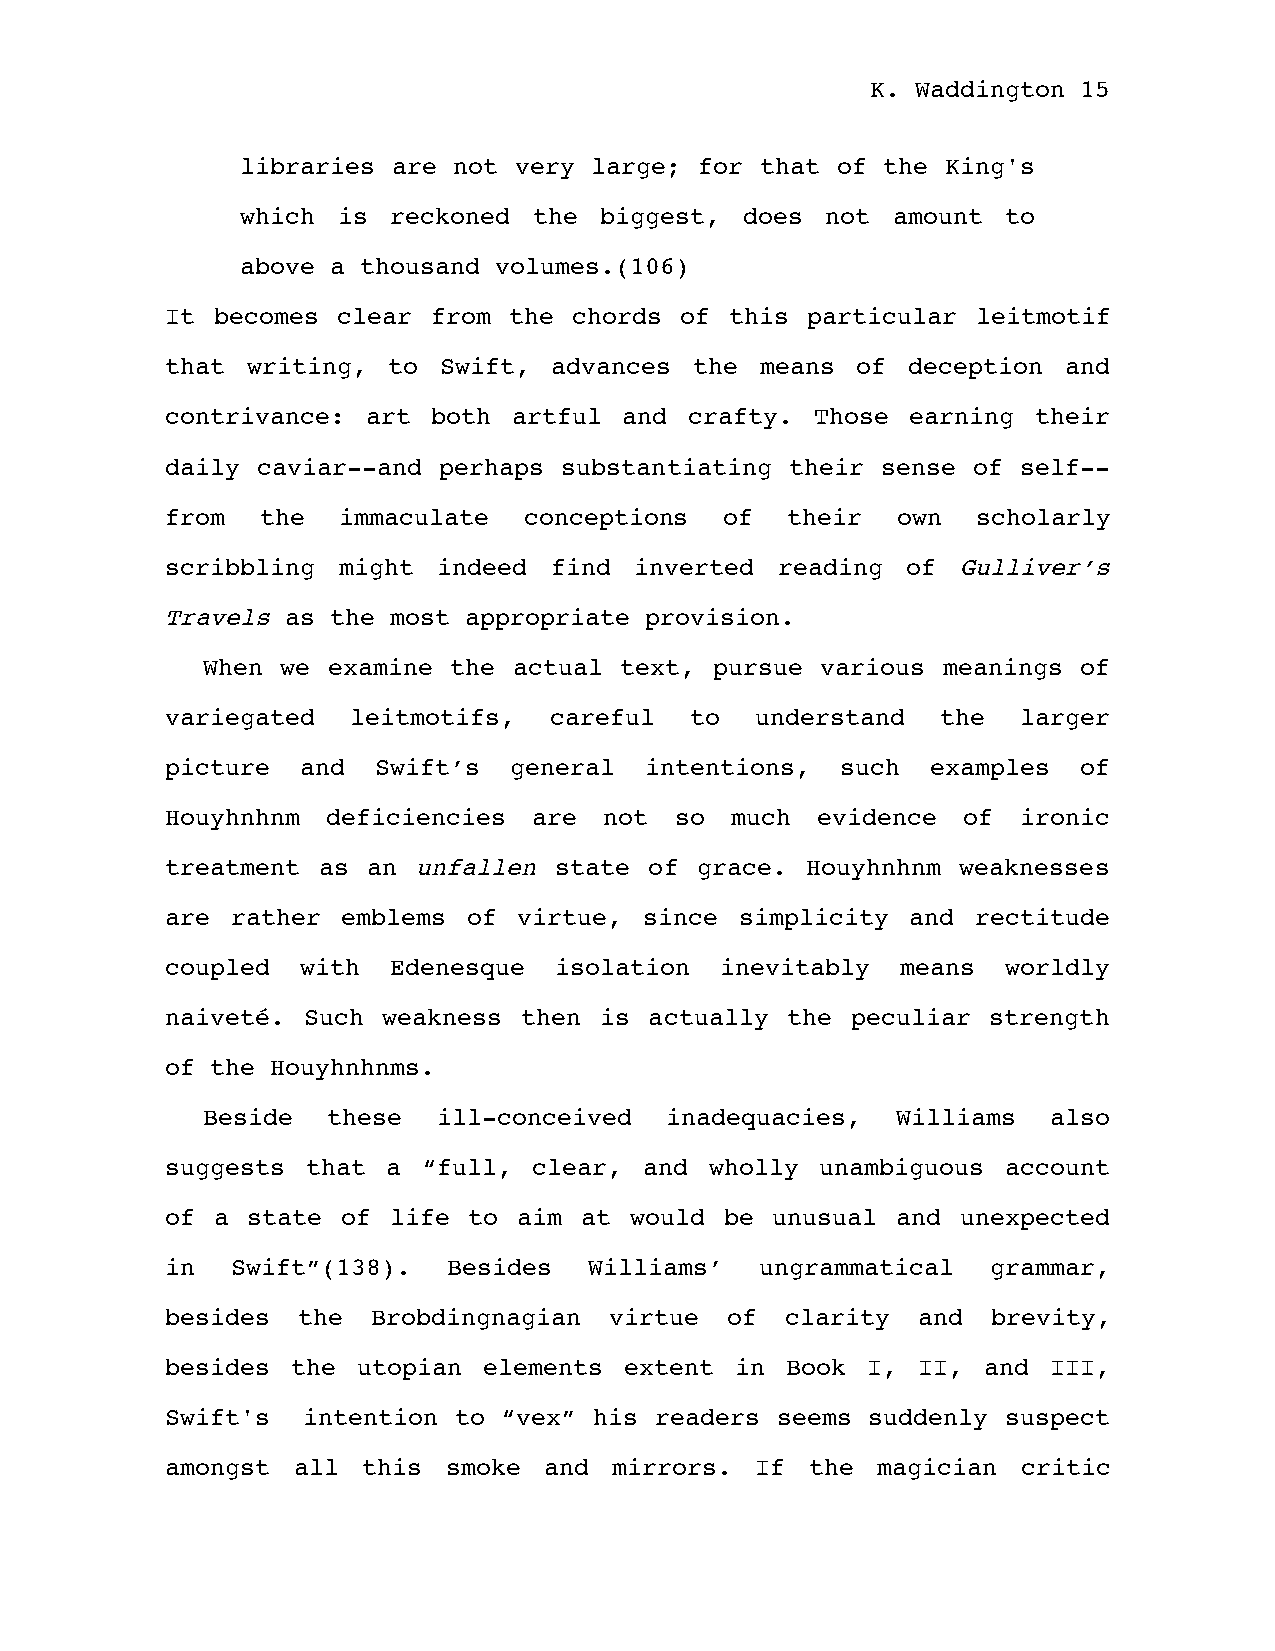
K. Waddington 15
 libraries are not very large; for that of the  King's
 which is  reckoned the  biggest, does  not amount  to
 above a thousand volumes.(106)
 It becomes clear  from the chords of this particular  leitmotif
 that writing,  to Swift, advances  the means  of deception and
 contrivance: art  both artful and  crafty. Those earning  their
 daily caviar--and perhaps substantiating their sense of  self--
 from  the  immaculate   conceptions  of  their  own   scholarly
 scribbling might  indeed find  inverted reading  of Gulliver’s
 Travels as the most appropriate provision.
 When  we examine the actual text, pursue various meanings  of
 variegated  leitmotifs,  careful   to  understand  the   larger
 picture  and  Swift’s  general  intentions,  such  examples  of
 Houyhnhnm  deficiencies are  not  so much  evidence  of  ironic
 treatment as an unfallen  state of grace. Houyhnhnm  weaknesses
 are rather  emblems of virtue,  since simplicity and  rectitude
 coupled  with  Edenesque  isolation  inevitably  means  worldly
 naiveté. Such weakness then  is actually the peculiar strength
 of the Houyhnhnms.
 Beside   these  ill-conceived  inadequacies,  Williams   also
 suggests that  a “full, clear,  and wholly unambiguous  account
 of a state  of life to aim at  would be unusual and  unexpected
 in  Swift”(138).   Besides  Williams’  ungrammatical   grammar,
 besides  the  Brobdingnagian virtue  of  clarity  and  brevity,
 besides the  utopian elements extent  in Book I,  II, and  III,
 Swift's  intention to “vex” his readers seems suddenly  suspect
 amongst all  this  smoke and  mirrors. If  the magician  critic